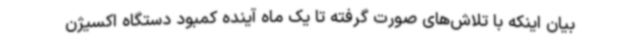
بیان اینکه با تلاش‌های صورت گرفته تا یک ماه آینده کمبود دستگاه اکسیژن